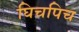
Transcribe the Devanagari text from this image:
घिचपिच